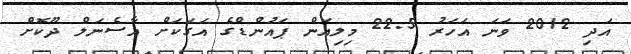
އަދި 2012 ވަނަ އަހަރު 22.5 މިލިއަން ޕައުންޑްގެ އަގަކަށް އާސެނަލް ދޫކޮށް